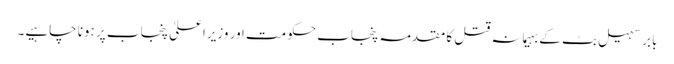
بابر سہیل بٹ کے بہیمانہ قتل کا مقدمہ پنجاب حکومت اور وزیراعلیٰ پنجاب پر ہونا چاہیے۔